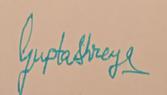
Signature authenticity: genuine